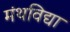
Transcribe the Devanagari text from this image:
मंथविद्या